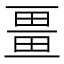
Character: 畺